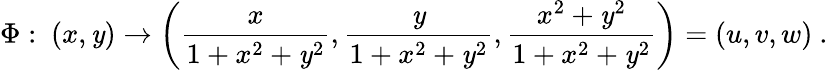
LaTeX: \Phi:\ (x,\mathit{y})\rightarrow\left({\frac{{x}}{{1+x^{2}+\mathit{y}^{2}}}},{\frac{{\mathit{y}}}{{1+x^{2}+\mathit{y}^{2}}}},{\frac{{x^{2}+\mathit{y}^{2}}}{{1+x^{2}+\mathit{y}^{2}}}}\right)=(u,v,w)\ .